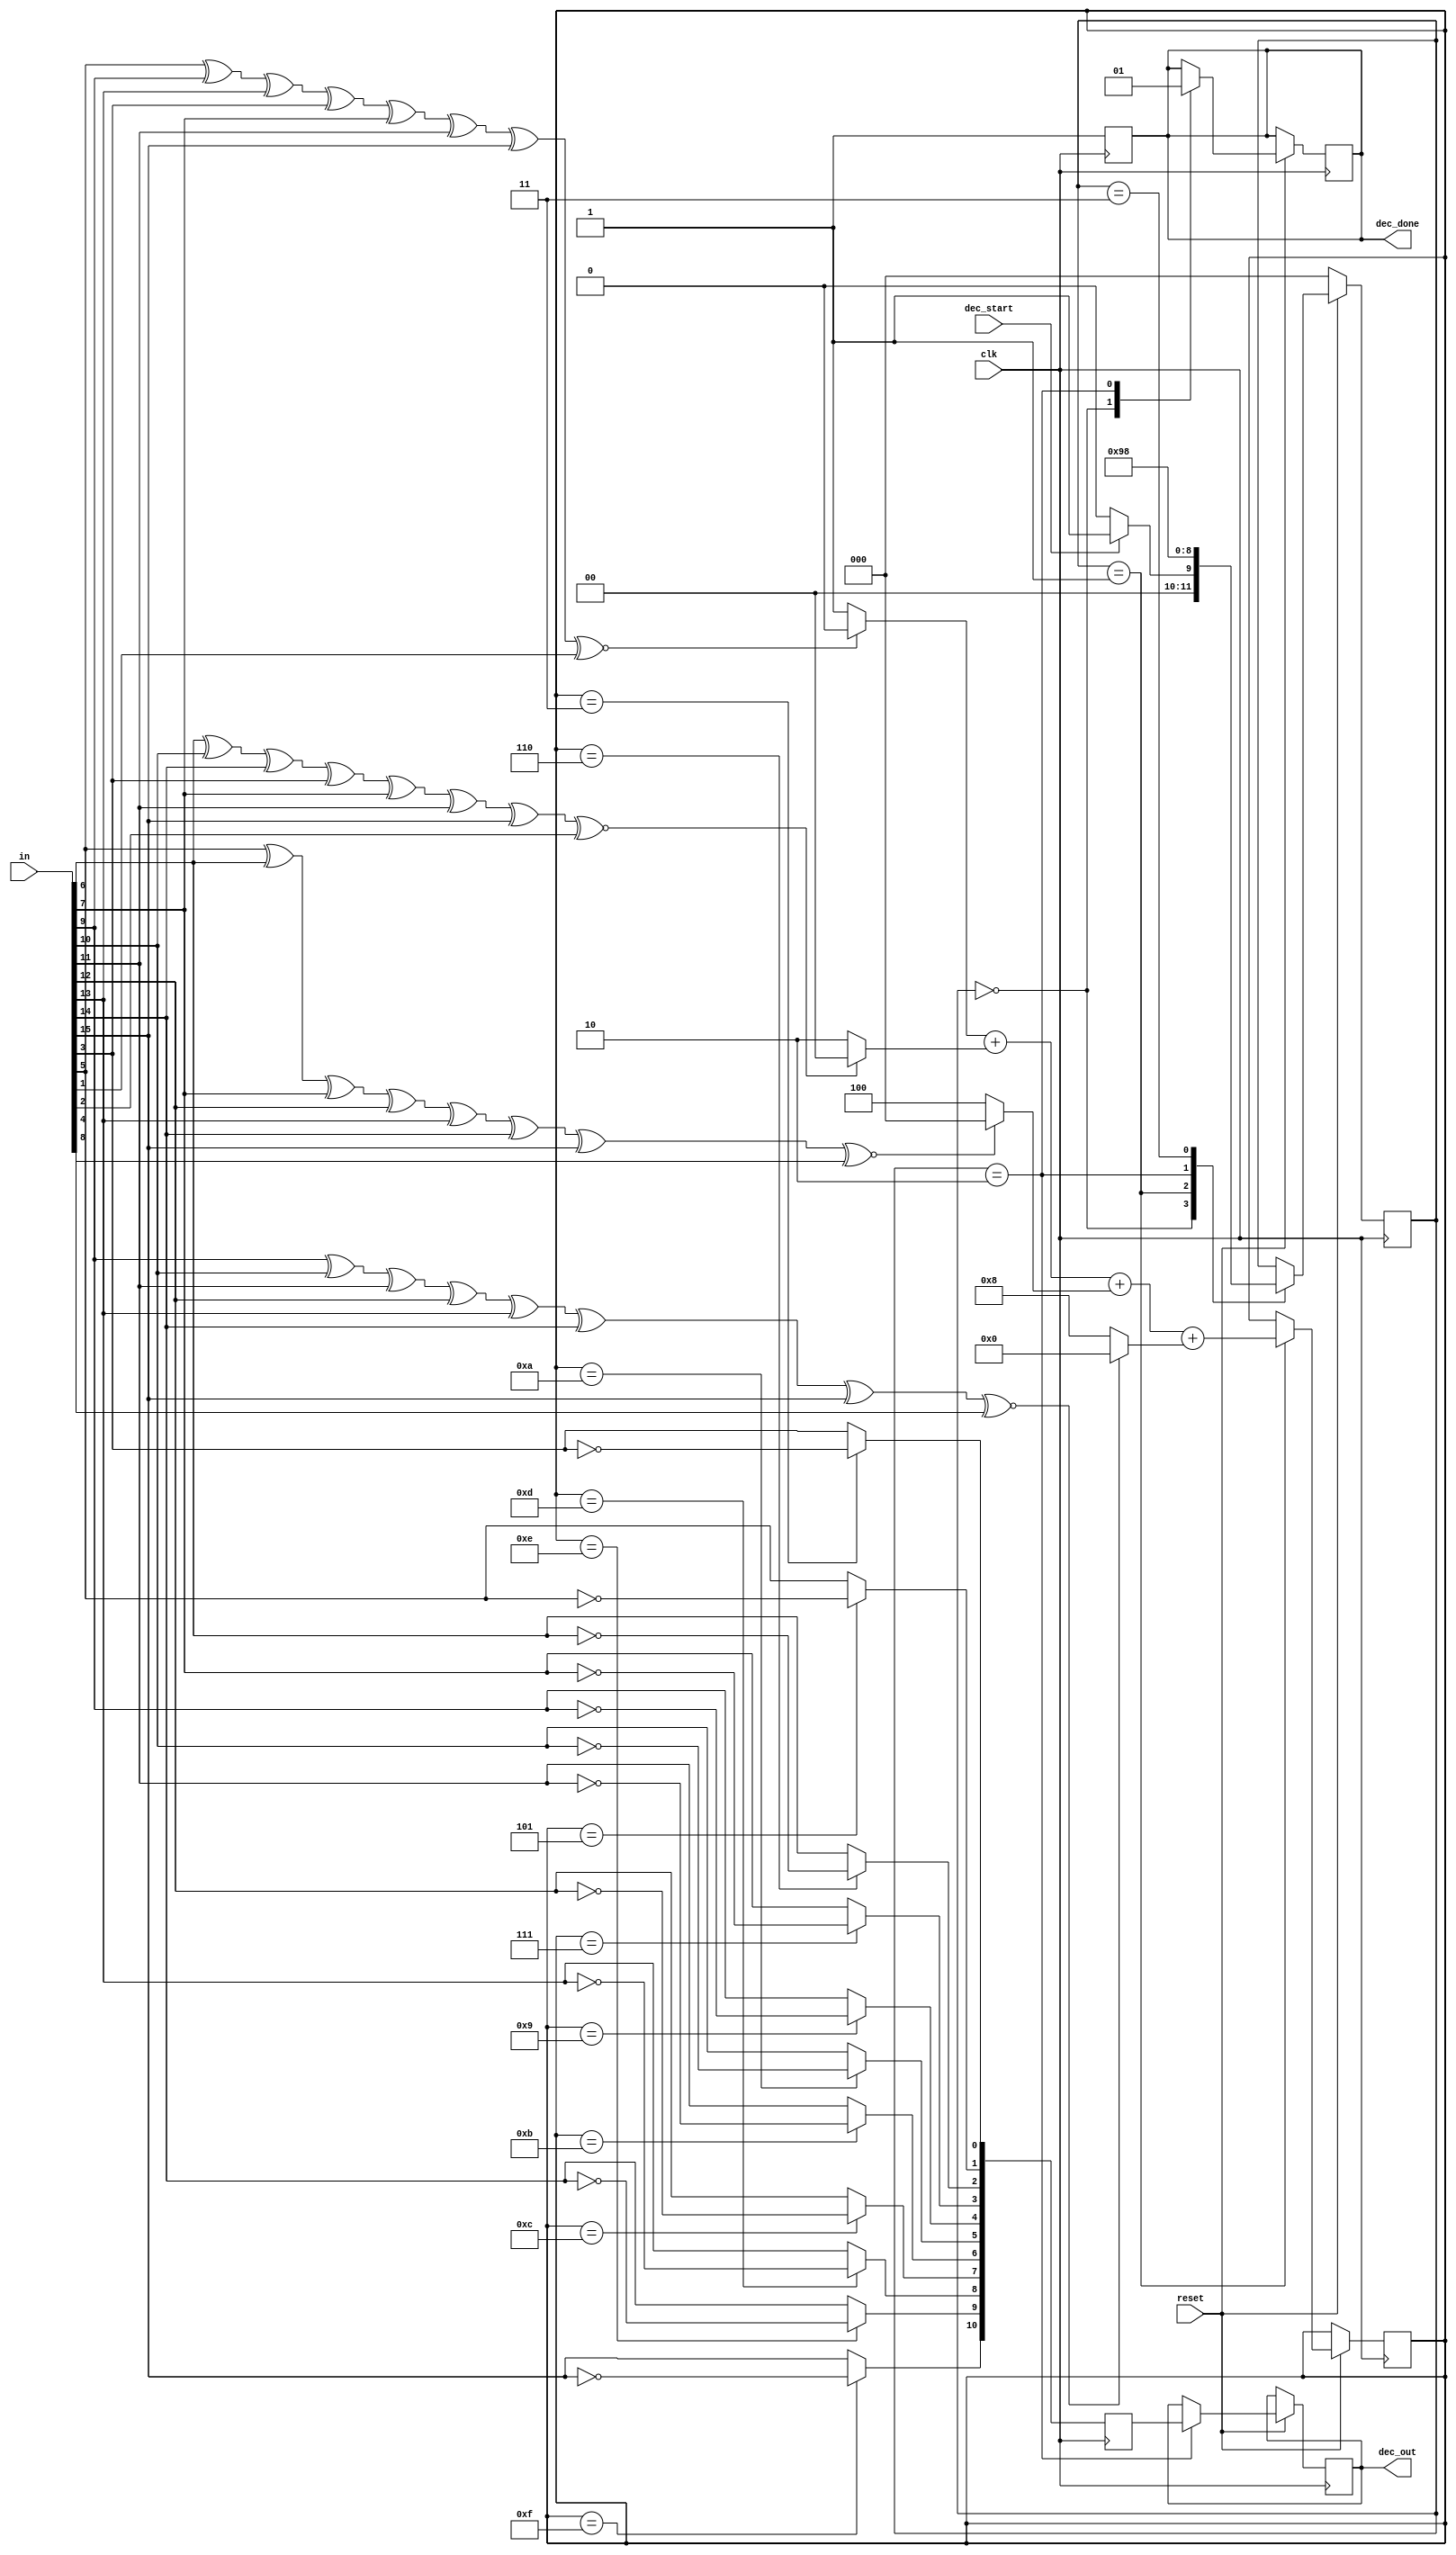

`timescale 1 ps / 1 ps
module error_decoder (clk, reset, in, dec_out, dec_start, dec_done);
			

input clk, reset;
input [15:0] in;
input dec_start; 

reg [10:0] out;
output reg dec_done; 

// local wires
reg p1, p2, p4, p8, p0;
reg [3:0] err_pos; 
reg [15:0] t; 


reg [2:0] state;

parameter init = 3'b000;
parameter operation1 = 3'b001;
parameter operation2 = 3'b010;
parameter done = 3'b011;


//t = in; // copy input
output reg [10:0] dec_out;



always@(posedge clk) begin

if(!reset) state = init;
else begin
  case(state)

   init: begin
        dec_done = 0;
       if(dec_start ==1) state = operation1;
       else state = init;
   end


   operation1: begin
        
      p1 = in[5] ^ in[9]  ^ in[13] ^ in[3] ^ in[7] ^ in[11] ^ in[15]; // column 2 and 4
      p2 = in[6] ^ in[10] ^ in[14] ^ in[3] ^ in[7] ^ in[11] ^ in[15]; // column 3 and 4

      p4 = in[5] ^ in[6]  ^ in[7]  ^ in[12]^ in[13] ^ in[14] ^ in[15]; // row 2 & 4
      p8 = in[9] ^ in[10] ^ in[11] ^ in[12]^ in[13] ^ in[14] ^ in[15];// row 3 & 4

      p0 = in[3] ^ in[5] ^ in[6] ^ in[7] ^ in[9] ^ in[10] ^ in[11] ^ in[12] ^ in[13] ^ in[14] ^ in[15] ^  p1 ^ p2 ^ p4 ^ p8; 

// find the error position
      err_pos = ( (p1 ~^ in[1]) ? 4'b0000 : 4'b0001 ) + ( (p2 ~^ in[2]) ? 4'b0000 : 4'b0010 ) + ( (p4 ~^ in[4]) ? 4'b0000 : 4'b0100 ) + ( (p8 ~^ in[8]) ? 4'b0000 : 4'b1000 );
      state = operation2;

     end


    operation2: begin

      dec_out = out;
      dec_done = 1;
      state = done;
    end


    done: begin
      state = init;
     end

    endcase
   end
end
/*//debugging
wire c1, c2, c4, c8; 
wire [3:0] s1, s2, s4, s8; 
assign c1 = p1 ~^ in[1]; assign s1 = c1 ? 0 : 1;
assign c2 = p2 ~^ in[2]; assign s2 = c1 ? 0 : 2;
assign c4 = p4 ~^ in[4]; assign s4 = c1 ? 0 : 4;
assign c8 = p8 ~^ in[8]; assign s8 = c1 ? 0 : 8;
assign err_pos = s1+s2+s4+s8; 
*/

always @ (posedge clk) begin
 // t = in; 
  
	//t[err_pos] = !(in[err_pos]); //flip the error bit
	case (err_pos)
	   4'b0011: begin//3
		out [0] = !in[3]; out [1] = in[5];   out [2] = in[6];   out [3] = in[7];
		out [4] = in[9];  out [5] = in[10];  out [6] = in[11];	out [7] = in[12];
		out [8] = in[13]; out [9] = in[14];  out [10] = in[15];
		dec_done = 1; 
	   end
	   4'b0101: begin//5
		out [0] = in[3];  out [1] = !in[5];  out [2] = in[6];   out [3] = in[7];
		out [4] = in[9];  out [5] = in[10];  out [6] = in[11];	out [7] = in[12];
		out [8] = in[13]; out [9] = in[14];  out [10] = in[15];
		dec_done = 1; 
	   end
	   4'b0110: begin//6
		out [0] = in[3];  out [1] = in[5];   out [2] = !in[6];  out [3] = in[7];
		out [4] = in[9];  out [5] = in[10];  out [6] = in[11];	out [7] = in[12];
		out [8] = in[13]; out [9] = in[14];  out [10] = in[15];
		dec_done = 1; 
	   end
	   4'b0111: begin//7
		out [0] = in[3];  out [1] = in[5];   out [2] = in[6];   out [3] = !in[7];
		out [4] = in[9];  out [5] = in[10];  out [6] = in[11];  out [7] = in[12];
		out [8] = in[13]; out [9] = in[14];  out [10] = in[15];
		dec_done = 1; 
	   end
	   4'b1001: begin//9
		out [0] = in[3];  out [1] = in[5];   out [2] = in[6];   out [3] = in[7];
		out [4] = !in[9]; out [5] = in[10];  out [6] = in[11];	out [7] = in[12];
		out [8] = in[13]; out [9] = in[14];  out [10] = in[15];
		dec_done = 1; 
	   end
	   4'b1010: begin//10
		out [0] = in[3];  out [1] = in[5];    out [2] = in[6];   out [3] = in[7];
		out [4] = in[9];  out [5] = !in[10];  out [6] = in[11];	 out [7] = in[12];
		out [8] = in[13]; out [9] = in[14];   out [10] = in[15];
		dec_done = 1; 
	   end
	   4'b1011: begin//11
		out [0] = in[3];  out [1] = in[5];   out [2] = in[6];   out [3] = in[7];
		out [4] = in[9];  out [5] = in[10];  out [6] = !in[11];	out [7] = in[12];
		out [8] = in[13]; out [9] = in[14];  out [10] = in[15];
		dec_done = 1; 
	   end
	   4'b1100: begin//12
		out [0] = in[3];  out [1] = in[5];   out [2] = in[6];   out [3] = in[7];
		out [4] = in[9];  out [5] = in[10];  out [6] = in[11];	out [7] = !in[12];
		out [8] = in[13]; out [9] = in[14];  out [10] = in[15];
		dec_done = 1; 
	   end
	   4'b1101: begin//13
		out [0] = in[3];  out [1] = in[5];   out [2] = in[6];   out [3] = in[7];
		out [4] = in[9];  out [5] = in[10];  out [6] = in[11];	out [7] = in[12];
		out [8] = !in[13];out [9] = in[14];  out [10] = in[15];
		dec_done = 1; 
	   end
	   4'b1110: begin//14
		out [0] = in[3];  out [1] = in[5];   out [2] = in[6];   out [3] = in[7];
		out [4] = in[9];  out [5] = in[10];  out [6] = in[11];	out [7] = in[12];
		out [8] = in[13]; out [9] = !in[14]; out [10] = in[15];
		dec_done = 1; 
	   end
	   4'b1111: begin//15
		out [0] = in[3];  out [1] = in[5];   out [2] = in[6];   out [3] = in[7];
		out [4] = in[9];  out [5] = in[10];  out [6] = in[11];	out [7] = in[12];
		out [8] = in[13]; out [9] = in[14];  out [10] = !in[15];
		dec_done = 1; 
	   end
	  default: begin
		out [0] = in[3];  out [1] = in[5];   out [2] = in[6];   out [3] = in[7];
		out [4] = in[9];  out [5] = in[10];  out [6] = in[11];	out [7] = in[12];
		out [8] = in[13]; out [9] = in[14];  out [10] = in[15];
		dec_done = 1; 
	   end
	endcase

 
end // of always block

/*
	out [0] = !in[3];
	out [1] = t[5];
	out [2] = t[6];
	out [3] = t[7];
	out [4] = t[9];
	out [5] = t[10];
	out [6] = t[11];
	out [7] = t[12];
	out [8] = t[13];
	out [9] = t[14];
	out [10] = t[15];
*/



endmodule